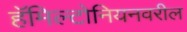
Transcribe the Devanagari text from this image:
हॅमिल्टोनियनवरील